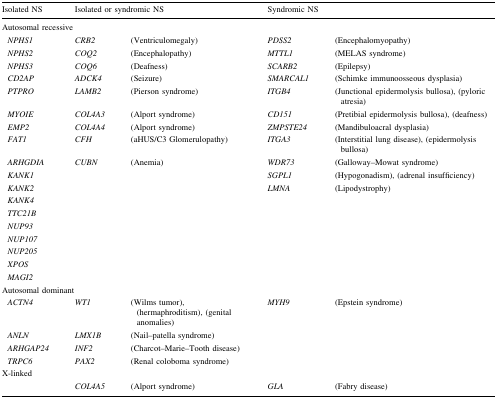
<table><thead><tr><td><b>Isolated NS</b></td><td colspan="2"><b>Isolated or syndromic NS</b></td><td colspan="2"><b>Syndromic NS</b></td></tr></thead><tbody><tr><td colspan="5">Autosomal recessive</td></tr><tr><td> <i>NPHS1</i></td><td><i>CRB2</i></td><td>(Ventriculomegaly)</td><td><i>PDSS2</i></td><td>(Encephalomyopathy)</td></tr><tr><td> <i>NPHS2</i></td><td><i>COQ2</i></td><td>(Encephalopathy)</td><td><i>MTTL1</i></td><td>(MELAS syndrome)</td></tr><tr><td> <i>NPHS3</i></td><td><i>COQ6</i></td><td>(Deafness)</td><td><i>SCARB2</i></td><td>(Epilepsy)</td></tr><tr><td> <i>CD2AP</i></td><td><i>ADCK4</i></td><td>(Seizure)</td><td><i>SMARCAL1</i></td><td>(Schimke immunoosseous dysplasia)</td></tr><tr><td> <i>PTPRO</i></td><td><i>LAMB2</i></td><td>(Pierson syndrome)</td><td><i>ITGB4</i></td><td>(Junctional epidermolysis bullosa), (pyloric atresia)</td></tr><tr><td> <i>MYOIE</i></td><td><i>COL4A3</i></td><td>(Alport syndrome)</td><td><i>CD151</i></td><td>(Pretibial epidermolysis bullosa), (deafness)</td></tr><tr><td> <i>EMP2</i></td><td><i>COL4A4</i></td><td>(Alport syndrome)</td><td><i>ZMPSTE24</i></td><td>(Mandibuloacral dysplasia)</td></tr><tr><td> <i>FAT1</i></td><td><i>CFH</i></td><td>(aHUS/C3 Glomerulopathy)</td><td><i>ITGA3</i></td><td>(Interstitial lung disease), (epidermolysis bullosa)</td></tr><tr><td> <i>ARHGDIA</i></td><td><i>CUBN</i></td><td>(Anemia)</td><td><i>WDR73</i></td><td>(Galloway–Mowat syndrome)</td></tr><tr><td> <i>KANK1</i></td><td></td><td></td><td><i>SGPL1</i></td><td>(Hypogonadism), (adrenal insufficiency)</td></tr><tr><td> <i>KANK2</i></td><td></td><td></td><td><i>LMNA</i></td><td>(Lipodystrophy)</td></tr><tr><td> <i>KANK4</i></td><td></td><td></td><td></td><td></td></tr><tr><td> <i>TTC21B</i></td><td></td><td></td><td></td><td></td></tr><tr><td> <i>NUP93</i></td><td></td><td></td><td></td><td></td></tr><tr><td> <i>NUP107</i></td><td></td><td></td><td></td><td></td></tr><tr><td> <i>NUP205</i></td><td></td><td></td><td></td><td></td></tr><tr><td> <i>XPOS</i></td><td></td><td></td><td></td><td></td></tr><tr><td> <i>MAGI2</i></td><td></td><td></td><td></td><td></td></tr><tr><td colspan="5">Autosomal dominant</td></tr><tr><td> <i>ACTN4</i></td><td><i>WT1</i></td><td>(Wilms tumor), (hermaphroditism), (genital anomalies)</td><td><i>MYH9</i></td><td>(Epstein syndrome)</td></tr><tr><td> <i>ANLN</i></td><td><i>LMX1B</i></td><td>(Nail–patella syndrome)</td><td></td><td></td></tr><tr><td> <i>ARHGAP24</i></td><td><i>INF2</i></td><td>(Charcot–Marie–Tooth disease)</td><td></td><td></td></tr><tr><td> <i>TRPC6</i></td><td><i>PAX2</i></td><td>(Renal coloboma syndrome)</td><td></td><td></td></tr><tr><td colspan="5">X-linked</td></tr><tr><td></td><td><i>COL4A5</i></td><td>(Alport syndrome)</td><td><i>GLA</i></td><td>(Fabry disease)</td></tr></tbody></table>